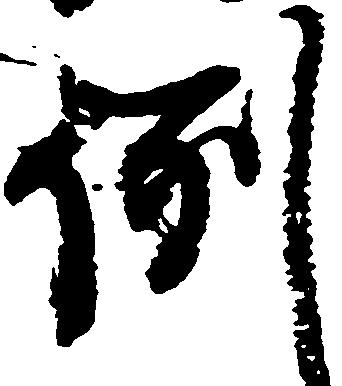
例